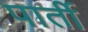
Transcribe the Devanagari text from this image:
पार्ती